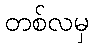
တစ်လမှ